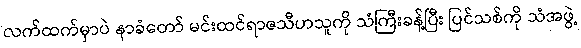
လက်ထက်မှာပဲ နာခံတော် မင်းထင်ရာဇသီဟသူကို သံကြီးခန့်ပြီး ပြင်သစ်ကို သံအဖွဲ့